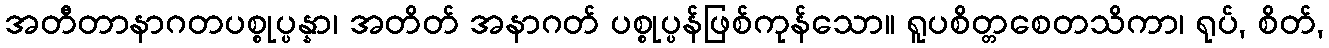
အတီတာနာဂတပစ္စုပ္ပန္နာ၊ အတိတ် အနာဂတ် ပစ္စုပ္ပန်ဖြစ်ကုန်သော။ ရူပစိတ္တစေတသိကာ၊ ရုပ်, စိတ်,